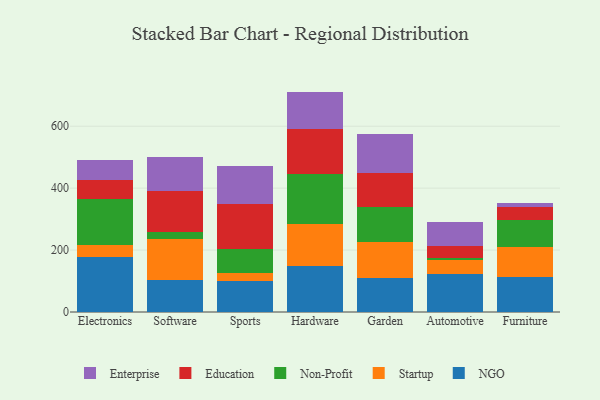
{"axis": {"x": "Category", "y": "Net Income (USD K)"}, "legend": ["Education", "Enterprise", "NGO", "Non-Profit", "Startup"], "data": [{"x": "Electronics", "y": 177.8, "type": "NGO"}, {"x": "Electronics", "y": 38.6, "type": "Startup"}, {"x": "Electronics", "y": 149.8, "type": "Non-Profit"}, {"x": "Electronics", "y": 61.3, "type": "Education"}, {"x": "Electronics", "y": 62.4, "type": "Enterprise"}, {"x": "Software", "y": 102.2, "type": "NGO"}, {"x": "Software", "y": 134.9, "type": "Startup"}, {"x": "Software", "y": 20.7, "type": "Non-Profit"}, {"x": "Software", "y": 133.3, "type": "Education"}, {"x": "Software", "y": 109.7, "type": "Enterprise"}, {"x": "Sports", "y": 100.2, "type": "NGO"}, {"x": "Sports", "y": 25.0, "type": "Startup"}, {"x": "Sports", "y": 77.3, "type": "Non-Profit"}, {"x": "Sports", "y": 146.9, "type": "Education"}, {"x": "Sports", "y": 123.5, "type": "Enterprise"}, {"x": "Hardware", "y": 149.9, "type": "NGO"}, {"x": "Hardware", "y": 133.5, "type": "Startup"}, {"x": "Hardware", "y": 162.7, "type": "Non-Profit"}, {"x": "Hardware", "y": 144.2, "type": "Education"}, {"x": "Hardware", "y": 121.5, "type": "Enterprise"}, {"x": "Garden", "y": 108.8, "type": "NGO"}, {"x": "Garden", "y": 115.7, "type": "Startup"}, {"x": "Garden", "y": 113.8, "type": "Non-Profit"}, {"x": "Garden", "y": 109.8, "type": "Education"}, {"x": "Garden", "y": 128.0, "type": "Enterprise"}, {"x": "Automotive", "y": 121.4, "type": "NGO"}, {"x": "Automotive", "y": 46.5, "type": "Startup"}, {"x": "Automotive", "y": 7.0, "type": "Non-Profit"}, {"x": "Automotive", "y": 37.6, "type": "Education"}, {"x": "Automotive", "y": 77.7, "type": "Enterprise"}, {"x": "Furniture", "y": 114.2, "type": "NGO"}, {"x": "Furniture", "y": 97.0, "type": "Startup"}, {"x": "Furniture", "y": 87.3, "type": "Non-Profit"}, {"x": "Furniture", "y": 40.2, "type": "Education"}, {"x": "Furniture", "y": 13.3, "type": "Enterprise"}]}